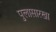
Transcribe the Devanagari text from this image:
पुलासारखा